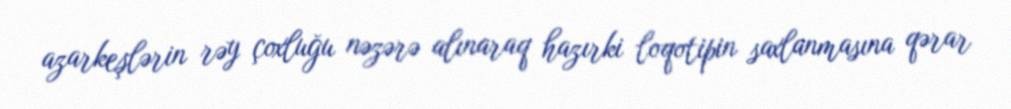
azarkeşlərin rəy çoxluğu nəzərə alınaraq hazırki loqotipin saxlanmasına qərar